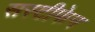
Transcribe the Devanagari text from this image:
सस्टीफेन